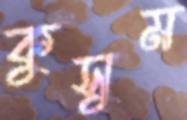
কুসুম